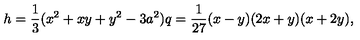
h = \frac { 1 } { 3 } ( x ^ { 2 } + x y + y ^ { 2 } - 3 a ^ { 2 } ) q = \frac { 1 } { 2 7 } ( x - y ) ( 2 x + y ) ( x + 2 y ) ,